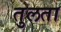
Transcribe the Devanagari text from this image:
तुलता